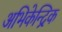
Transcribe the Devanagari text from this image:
अभिकेन्द्रिक